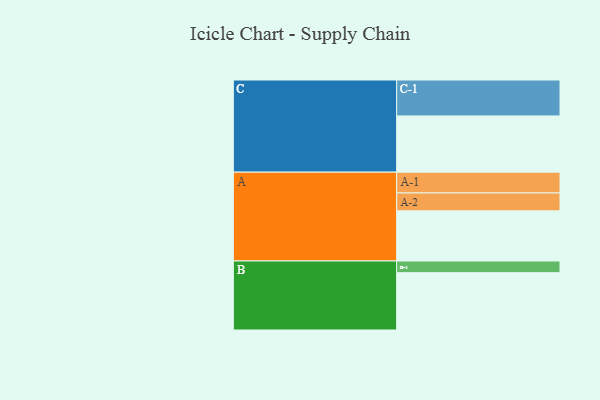
{"axis": {"x": "Segment", "y": "Value"}, "legend": ["", "A", "B", "C"], "data": [{"x": "A", "y": 364, "type": ""}, {"x": "B", "y": 416, "type": ""}, {"x": "C", "y": 408, "type": ""}, {"x": "A-1", "y": 151, "type": "A"}, {"x": "A-2", "y": 130, "type": "A"}, {"x": "B-1", "y": 85, "type": "B"}, {"x": "C-1", "y": 261, "type": "C"}]}